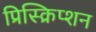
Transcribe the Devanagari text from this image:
प्रिस्क्रिप्शन